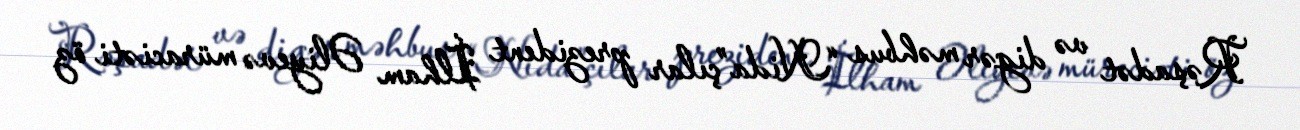
Rəşadət və digər məhbus “Nida”çılar prezident İlham Əliyevə müraciəti öz